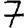
Digit: 7